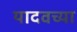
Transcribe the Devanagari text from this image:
यादवच्या